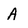
Character: A